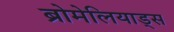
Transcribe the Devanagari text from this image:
ब्रोमेलियाड्स